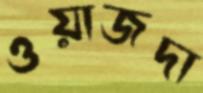
ওয়াজদা